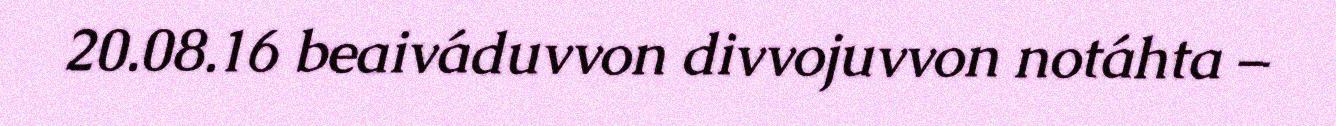
20.08.16 beaiváduvvon divvojuvvon notáhta –